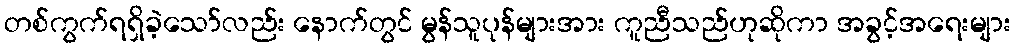
တစ်ကွက်ရရှိခဲ့သော်လည်း နောက်တွင် မွန်သူပုန်များအား ကူညီသည်ဟုဆိုကာ အခွင့်အရေးများ